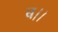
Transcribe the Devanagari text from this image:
ब।।